Insane asylums in Bengal annual reports 1876-1887 - 1876-1887
Year: 1876
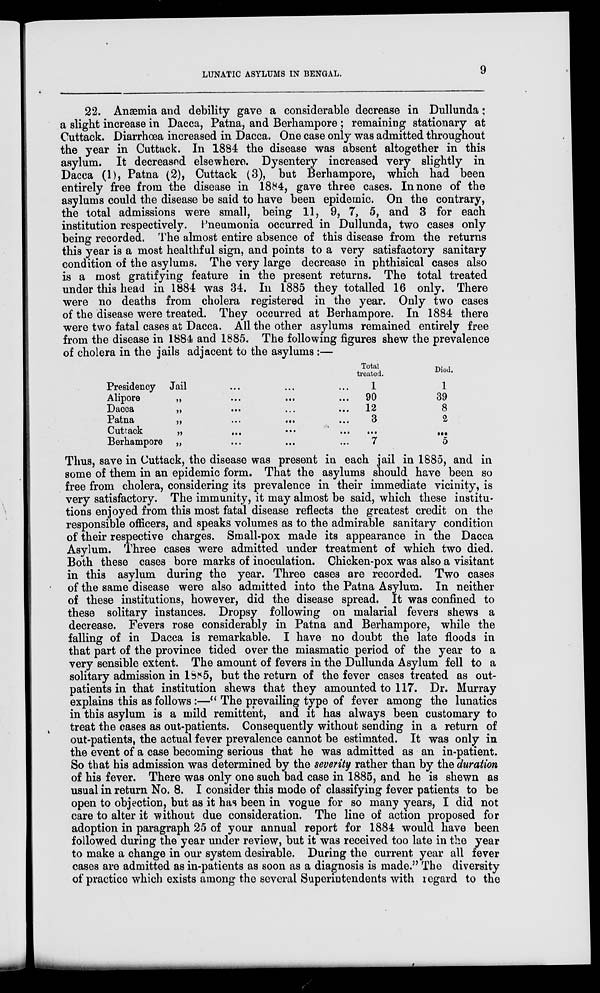
LUNATIC ASYLUMS IN BENGAL.
9
22. Anæmia and debility gave a considerable decrease in Dullunda;
a slight increase in Dacca, Patna, and Berhampore ; remaining stationary at
Cuttack. Diarrhœa increased in Dacca. One case only was admitted throughout
the year in Cuttack. In 1884 the disease was absent altogether in this
asylum. It decreased elsewhere. Dysentery increased very slightly in
Dacca (1), Patna (2), Cuttack (3), but Berhampore, which had been
entirely free from the disease in 1884, gave three cases. In none of the
asylums could the disease be said to have been epidemic. On the contrary,
the total admissions were small, being 11, 9, 7, 5, and 3 for each
institution respectively. Pneumonia occurred in Dullunda, two cases only
being recorded. The almost entire absence of this disease from the returns
this year is a most healthful sign, and points to a very satisfactory sanitary
condition of the asylums. The very large decrease in phthisical cases also
is a most gratifying feature in the present returns. The total treated
under this head in 1884 was 34. In 1885 they totalled 16 only. There
were no deaths from cholera registered in the year. Only two cases
of the disease were treated. They occurred at Berhampore. In 1884 there
were two fatal cases at Dacca. All the other asylums remained entirely free
from the disease in 1884 and 1885. The following figures shew the prevalence
of cholera in the jails adjacent to the asylums:—
Presidency Jail ... ... ...
Alipore
„
...
...
...
Dacca
„ ... ... ...
Patna
„
...
...
...
Cuttack „ ... ... ...
Berhampore „ ... ... ...
Total
treated.
1
90
12
3
...
7
Died.
1
39
8
2
...
5
Thus, save in Cuttack, the disease was present in each jail in 1885, and in
some of them in an epidemic form. That the asylums should have been so
free from cholera, considering its prevalence in their immediate vicinity, is
very satisfactory. The immunity, it may almost be said, which these institu-
tions enjoyed from this most fatal disease reflects the greatest credit on the
responsible officers, and speaks volumes as to the admirable sanitary condition
of their respective charges. Small-pox made its appearance in the Dacca
Asylum. Three cases were admitted under treatment of which two died.
Both these cases bore marks of inoculation. Chicken-pox was also a visitant
in this asylum during the year. Three cases are recorded. Two cases
of the same disease were also admitted into the Patna Asylum. In neither
of these institutions, however, did the disease spread. It was confined to
these solitary instances. Dropsy following on malarial fevers shews a
decrease. Fevers rose considerably in Patna and Berhampore, while the
falling of in Dacca is remarkable. I have no doubt the late floods in
that part of the province tided over the miasmatic period of the year to a
very sensible extent. The amount of fevers in the Dullunda Asylum fell to a
solitary admission in 1885, but the return of the fever cases treated as out-
patients in that institution shews that they amounted to 117. Dr. Murray
explains this as follows :—" The prevailing type of fever among the lunatics
in this asylum is a mild remittent, and it has always been customary to
treat the cases as out-patients. Consequently without sending in a return of
out-patients, the actual fever prevalence cannot be estimated. It was only in
the event of a case becoming serious that he was admitted as an in-patient.
So that his admission was determined by the severity rather than by the duration
of his fever. There was only one such bad case in 1885, and he is shewn as
usual in return No. 8. I consider this mode of classifying fever patients to be
open to objection, but as it has been in vogue for so many years, I did not
care to alter it without due consideration. The line of action proposed for
adoption in paragraph 25 of your annual report for 1884 would have been
followed during the year under review, but it was received too late in the year
to make a change in our system desirable. During the current year all fever
cases are admitted as in-patients as soon as a diagnosis is made." The diversity
of practice which exists among the several Superintendents with regard to the